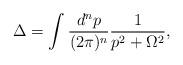
LaTeX: \begin{align*}\Delta=\int \frac{d^{n}p}{(2\pi)^{n}}\frac{1}{p^2+\Omega^2},\end{align*}